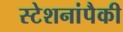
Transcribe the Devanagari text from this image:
स्टेशनांपैकी